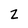
Character: Z